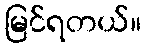
မြင်ရတယ်။